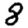
Digit: 8